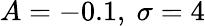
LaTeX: A=-0.1,\ \sigma=4